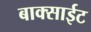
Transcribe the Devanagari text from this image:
बाक्साईट